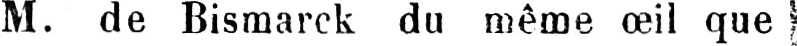
M. de Bismarck du même œil que